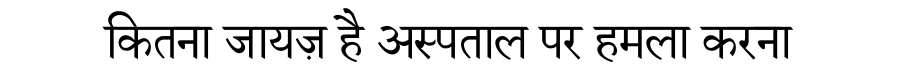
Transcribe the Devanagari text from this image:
कितना जायज़ है अस्पताल पर हमला करना